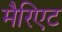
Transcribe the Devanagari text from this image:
मैरिएट